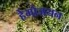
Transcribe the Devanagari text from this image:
हेमोजयन